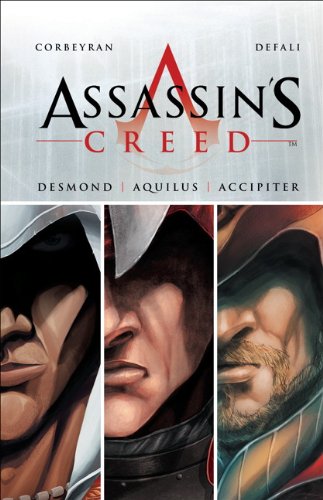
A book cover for Assassin's Creed - The Ankh of Isis Trilogy; Eric Corbeyran; Comics & Graphic Novels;